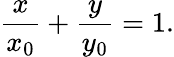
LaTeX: {\frac{x}{x_{0}}}+{\frac{y}{y_{0}}}=1.